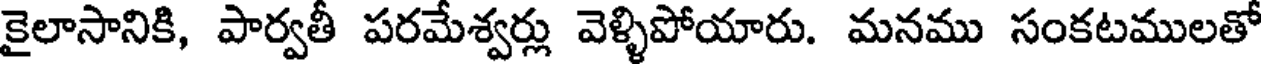
కైలాసానికి, పార్వతీ పరమేశ్వర్లు వెళ్ళిపోయారు. మనము సంకటములతో